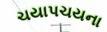
ચયાપચયના